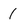
Character: 1